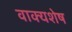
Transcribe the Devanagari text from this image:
वाक्यशेष